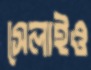
সেলাইও